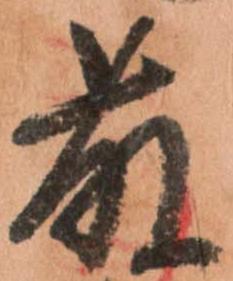
藤